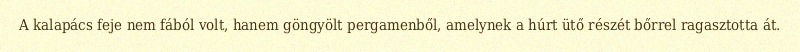
A kalapács feje nem fából volt, hanem göngyölt pergamenből, amelynek a húrt ütő részét bőrrel ragasztotta át.